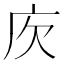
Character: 𢇣